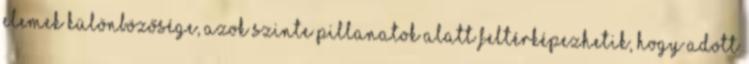
elemek különbözősége, azok szinte pillanatok alatt feltérképezhetik, hogy adott